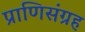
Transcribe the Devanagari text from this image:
प्राणिसंग्रह